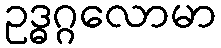
ဥဒ္ဓဂ္ဂလောမာ